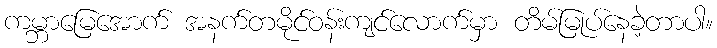
ကမ္ဘာမြေအောက် အနက်တမိုင်ဝန်းကျင်လောက်မှာ တိမ်မြုပ်နေခဲ့တာပါ။